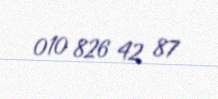
010 826 42 87